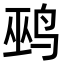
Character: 鹀